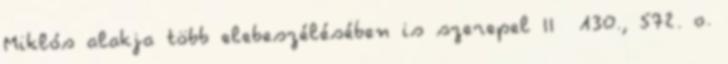
Miklós alakja több elebeszélésében is szerepel II 130., 572. o.